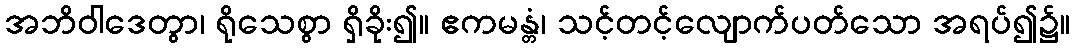
အဘိဝါဒေတွာ၊ ရိုသေစွာ ရှိခိုး၍။ ဧကမန္တံ၊ သင့်တင့်လျောက်ပတ်သော အရပ်၍၌။